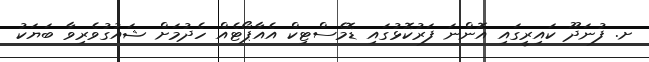
ށ. ފުނަދޫ ކައިރީގައި އޮންނަ ފަރުކޮޅުގައި ޑޮމެސްޓިކް އެއާޕޯޓެއް ހެދުމަށް ޝައުގުވެރިވާ ބަޔަކު